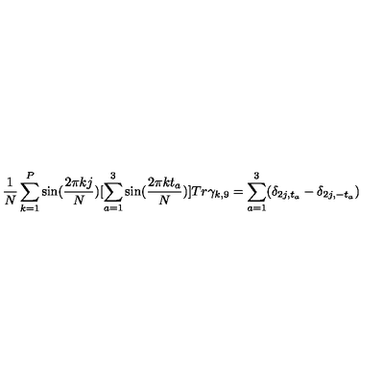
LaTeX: \frac { 1 } N \sum _ { k = 1 } ^ { P } \sin ( \frac { 2 \pi k j } N ) [ \sum _ { a = 1 } ^ { 3 } \sin ( \frac { 2 \pi k t _ { a } } N ) ] T r \gamma _ { k , 9 } = \sum _ { a = 1 } ^ { 3 } ( \delta _ { 2 j , t _ { a } } - \delta _ { 2 j , - t _ { a } } )